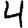
Digit: 4